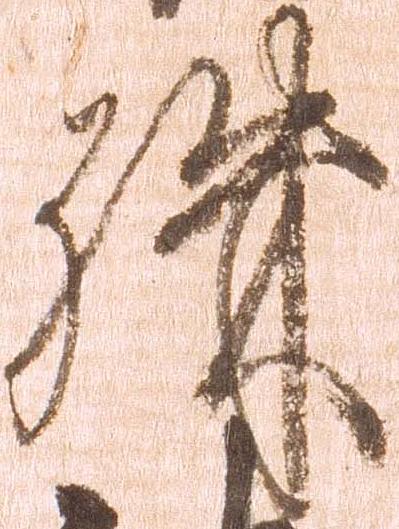
殊